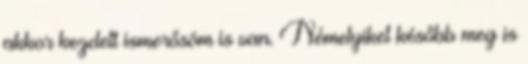
akkor kezdett ismerősöm is van. Némelyiket később meg is